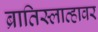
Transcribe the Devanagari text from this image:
ब्रातिस्लाव्हावर